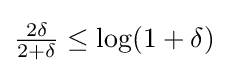
\textstyle {\frac {2\delta }{2+\delta }}\leq \log(1+\delta )